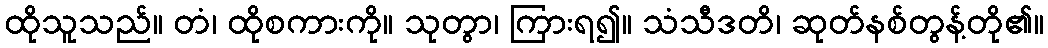
ထိုသူသည်။ တံ၊ ထိုစကားကို။ သုတွာ၊ ကြားရ၍။ သံသီဒတိ၊ ဆုတ်နစ်တွန့်တို၏။